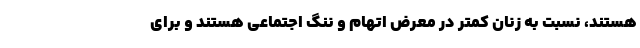
هستند، نسبت به زنان کمتر در معرض اتهام و ننگ اجتماعی هستند و برای